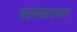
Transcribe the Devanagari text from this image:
नटसम्राटच्या